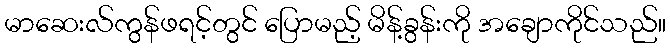
မာဆေးလ်ကွန်ဖရင့်တွင် ပြောမည့် မိန့်ခွန်းကို အချောကိုင်သည်။